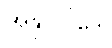
အနုပဝါဒေါ